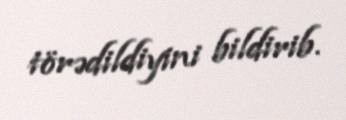
törədildiyini bildirib.